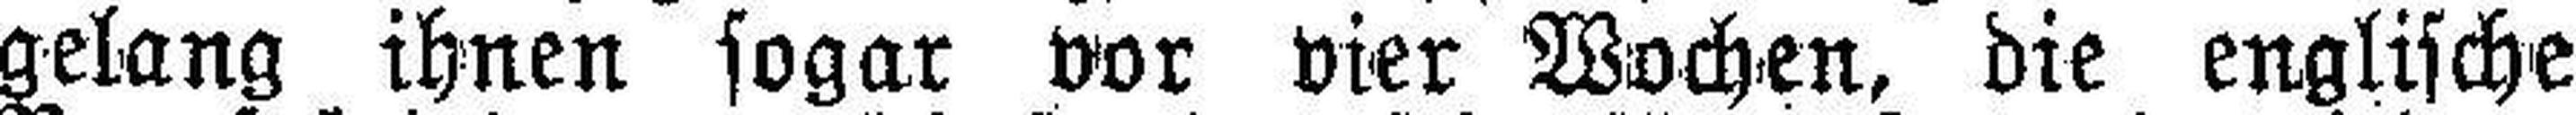
gelang ihnen sogar vor vier Wochen, die englische